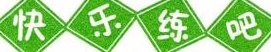
快乐练吧